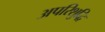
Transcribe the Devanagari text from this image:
अपरिशुद्धि